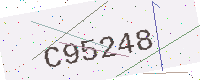
Text: C95248